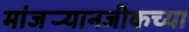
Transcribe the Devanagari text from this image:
मांजर्‍यानजीकच्या